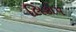
લિકોપ